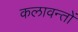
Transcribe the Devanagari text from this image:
कलावन्तों